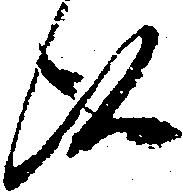
候